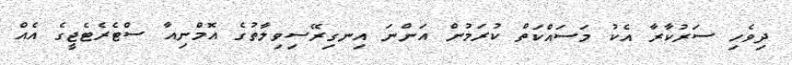
ދިވެހި ސަރުކާރާ އެކު މަސައްކަތް ކުރަމުން އަންނަ އިނގިރޭސިވިލާތުގެ އޮމްނިއާ ސްޓެރެޓެޖީގެ އެއް